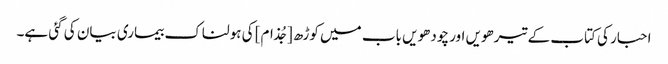
احبار کی کتاب کے تیرھویں اور چودھویں باب میں کوڑھ [جُذام] کی ہولناک بیماری بیان کی گئی ہے۔